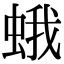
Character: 蛾